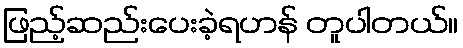
ဖြည့်ဆည်းပေးခဲ့ရဟန် တူပါတယ်။